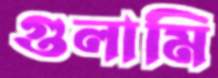
গুলামি